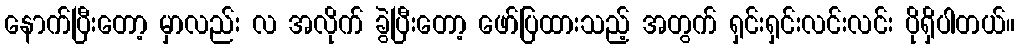
နောက်ပြီးတော့ မှာလည်း လ အလိုက် ခွဲပြီးတော့ ဖော်ပြထားသည့် အတွက် ရှင်းရှင်းလင်းလင်း ပိုရှိပါတယ်။